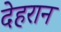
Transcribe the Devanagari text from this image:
देहरान